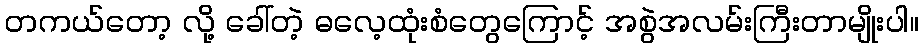
တကယ်တော့ လို့ ခေါ်တဲ့ ဓလေ့ထုံးစံတွေကြောင့် အစွဲအလမ်းကြီးတာမျိုးပါ။